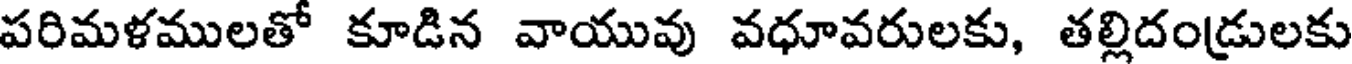
పరిమళములతో కూడిన వాయువు వధూవరులకు, తల్లిదండ్రులకు